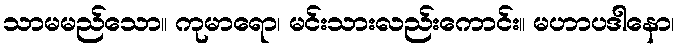
သာမမည်သော။ ကုမာရော၊ မင်းသားလည်းကောင်း။ မဟာပဒါနော၊